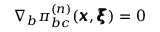
\nabla _ { b } \pi _ { b c } ^ { ( n ) } ( { \pmb x } , { \pmb \xi } ) = 0